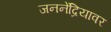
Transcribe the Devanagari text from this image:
जननेंद्रियावर